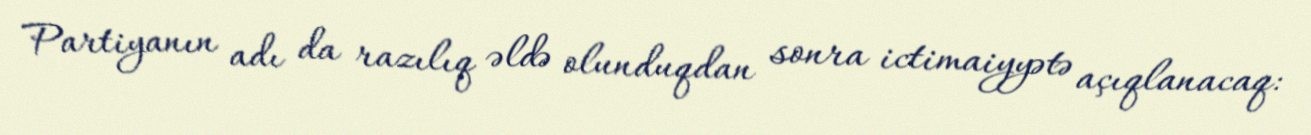
Partiyanın adı da razılıq əldə olunduqdan sonra ictimaiyyətə açıqlanacaq: